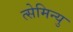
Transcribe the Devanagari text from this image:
त्सेमिन्यु